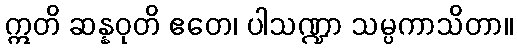
ဣတိ ဆန္နဝုတိ ဧတေ၊ ပါသဏ္ဍာ သမ္ပကာသိတာ။